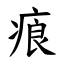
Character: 㾗